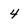
Character: 4